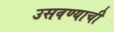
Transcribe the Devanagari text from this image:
उसवण्याची